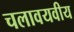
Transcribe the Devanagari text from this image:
चलावयवीय